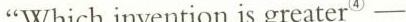
“Which invention is greater ④——